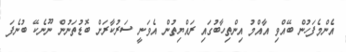
އެންމެފަހުން ބޭއްވި އާއްމު އިންތިހާބުގައި ރައްޔިތުން އެވަނީ ސަރުކާރަށް ބޮޑުތަނުން ނޫނެކޭ ބުނެފަ